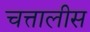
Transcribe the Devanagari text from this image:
चत्तालीस